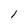
Character: I